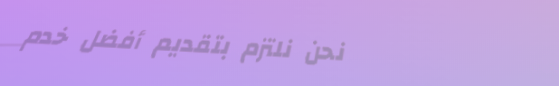
نحن نلتزم بتقديم أفضل خدم